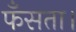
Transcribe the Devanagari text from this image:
फँसता।